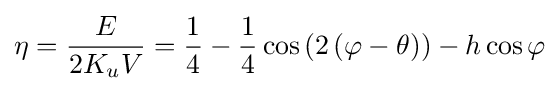
\eta ={\frac {E}{2K_{u}V}}={\frac {1}{4}}-{\frac {1}{4}}\cos \left(2\left(\varphi -\theta \right)\right)-h\cos \varphi